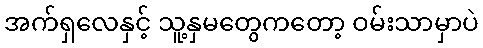
အက်ရှလေနှင့် သူ့နှမတွေကတော့ ဝမ်းသာမှာပဲ